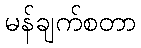
မန်ချက်စတာ